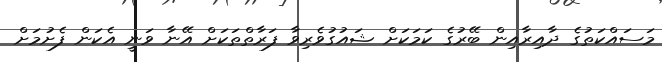
މަސައްކަތުގެ ދާއިރާއިން ބޭރުގެ ކަމަކަށް ޝައުގުވެރިވާ ފަރާތްތަކަށް އޭނާ ވަނީ އެކަން ފެށުމަށް